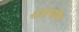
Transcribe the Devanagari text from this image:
शारचोप